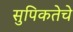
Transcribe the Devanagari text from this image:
सुपिकतेचे